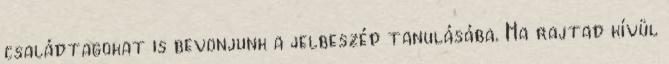
családtagokat is bevonjunk a jelbeszéd tanulásába. Ha rajtad kívül